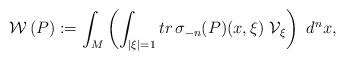
LaTeX: \begin{align*}\mathcal{W}\,(P) := \int _{M} \left ( \int _{|\xi |=1} tr\, \sigma _{-n}(P)(x,\xi )~ {\mathcal V}_{\xi}\right )~ d^{n} x,\end{align*}